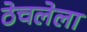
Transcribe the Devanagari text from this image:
ठेचलेला